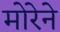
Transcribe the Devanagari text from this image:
मोरेने